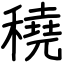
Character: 穘